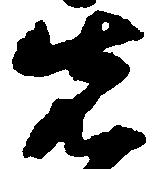
先